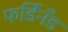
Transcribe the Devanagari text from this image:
फर्डिनँड